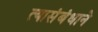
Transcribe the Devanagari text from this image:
त्यासंबंधाने